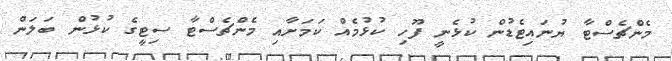
މެންޗެސްޓާ ޔުނައިޓެޑުން ކުޅެނީ ފޫހި ކުޅުމެއް ކަމަށާއި މެންޗެސްޓާ ސިޓީގެ ކުޅުން ބަލަން